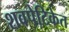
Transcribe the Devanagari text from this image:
शवपेटिकेत